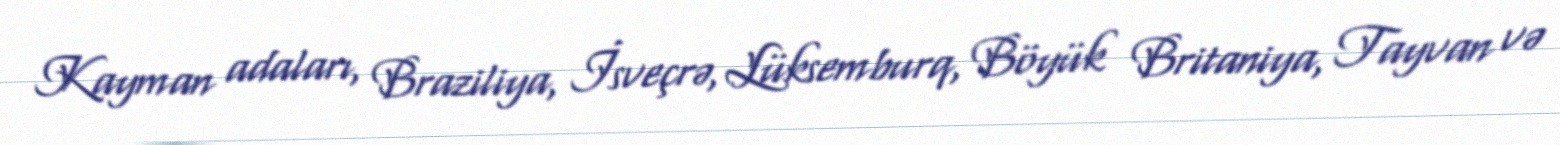
Kayman adaları, Braziliya, İsveçrə, Lüksemburq, Böyük Britaniya, Tayvan və